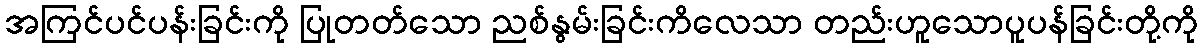
အကြင်ပင်ပန်းခြင်းကို ပြုတတ်သော ညစ်နွမ်းခြင်းကိလေသာ တည်းဟူသောပူပန်ခြင်းတို့ကို